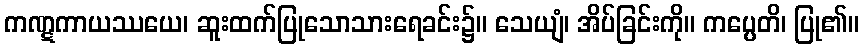
ကဏ္ဋကာယဿယေ၊ ဆူးထက်ပြုသောသားရေခင်း၌။ သေယျံ၊ အိပ်ခြင်းကို။ ကပ္ပေတိ၊ ပြု၏။